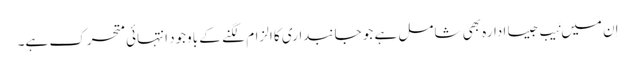
اِن میں نَیب جیسا ادارہ بھی شامل ہے جو جانبداری کا الزام لگنے کے باوجود انتہائی متحرک ہے۔